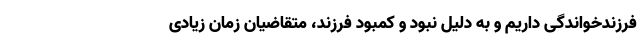
فرزندخواندگی داریم و به دلیل نبود و کمبود فرزند، متقاضیان زمان زیادی